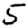
Digit: 5